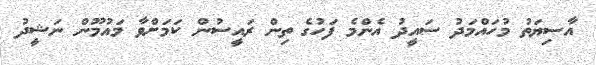
އާސިޔަތު މުހައްމަދު ސައީދު އެންމެ ފަހުގެ ތިން ރައީސުން ކަމަށްވާ މައުމޫން ނަޝީދު